Scottish Leaving Certificate Examination, 1955
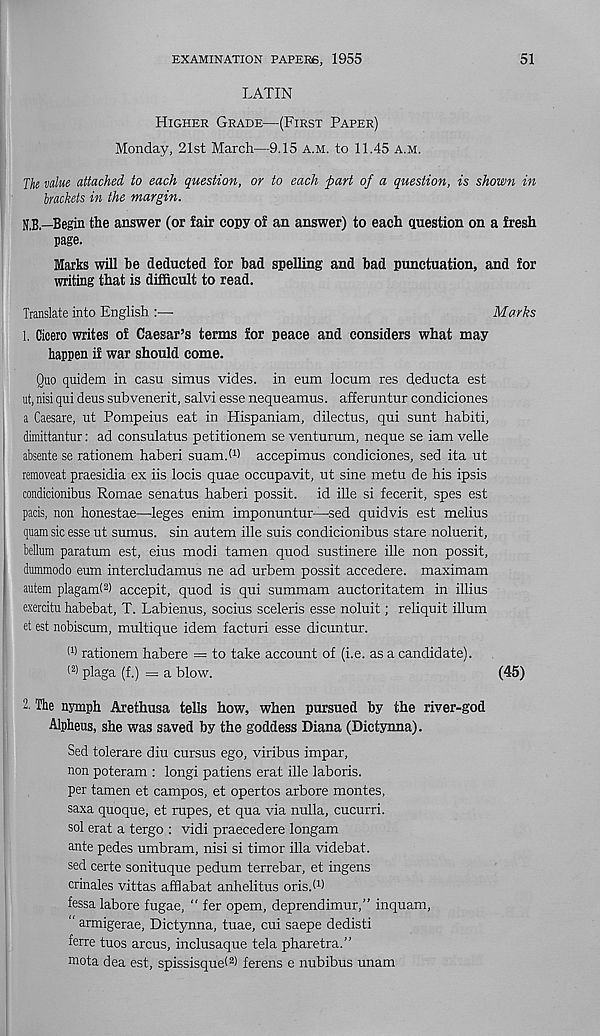
EXAMINATION PAPERS, 1955
51
LATIN
Higher Grade—(First Paper)
Monday, 21st March—9.15 a.m. to 11.45 A.M.
The value attached to each question, or to each part of a question, is shown in
brackets in the margin.
N.B.—Begin the answer (or fair copy of an answer) to each question on a fresh
page.
larks will be deducted for had spelling and bad punctuation, and for
writing that is diificult to read.
Translate into English :—■
Marks
1. Cicero writes of Caesar’s terms for peace and considers what may
happen if war should come.
Quo quidem in casu simus vides. in eum locum res deducta est
ut, nisi qui dens subvenerit, salvi esse nequ eamus. afferuntur condiciones
a Caesare, ut Pompeius eat in Hispaniam, dilectus, qui sunt habiti,
dimittantur: ad consulatus petitionem se venturum, neque se iam velle
absente se rationem haberi suam.W accepimus condiciones, sed ita ut
removeat praesidia ex iis locis quae occupavit, ut sine metu de his ipsis
condicionibus Romae senatus haberi possit. id ille si fecerit, spes est
pads, non honestae—-leges enim imponuntur—sed quidvis est melius
quam sic esse ut sumus. sin autem ille suis condicionibus stare noluerit,
bellum paratum est, eius modi tamen quod sustinere ille non possit,
dummodo eum intercludamus ne ad urbem possit accedere. maximam
autem plagamt 2 ) accepit, quod is qui summam auctoritatem in illius
exerdtu habebat, T. Labienus, socius sceleris esse noluit; reliquit ilium
et est nobiscum, multique idem facturi esse dicuntur.
ll) rationem habere = to take account of (i.e. as a candidate).
(2) plaga (f.) = a blow.
(45)
2. The nymph Arethusa tells how, when pursued by the river-god
Alpheus, she was saved by the goddess Diana (Dictynna).
Sed tolerare diu cursus ego, viribus impar,
non poteram : longi patiens erat ille laboris.
per tamen et campos, et opertos arbore montes,
saxa quoque, et rapes, et qua via nulla, cucurri.
sol erat a tergo : vidi praecedere longam
ante pedes umbram, nisi si timor ilia videbat.
sed certe sonituque pedum terrebar, et ingens
crinales vittas afflabat anhelitus oris.hi
fessa labore fugae, “ fer opem, deprendimur,” inquam,
" armigerae, Dictynna, tuae, cui saepe dedisti
ferre tuos arcus, inclusaque tela pharetra.”
mota dea est, spissisquet 2 ) ferens e nubibus unam